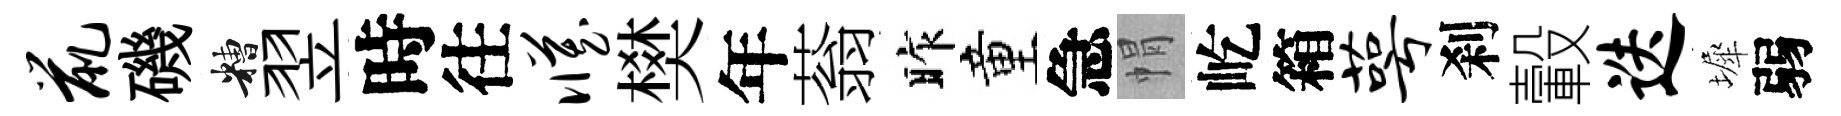
鼠磯糟翌時往臧樊年蓊昨童急㡌屹箱萼刹轂迭墀弱